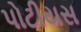
પોટીયસ